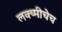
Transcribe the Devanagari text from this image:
लक्ष्मीचेच